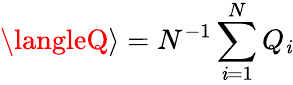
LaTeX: \langleQ\rangle=N^{-1}\sum_{\mathit{i}=1}^{N}Q_{\mathit{i}}